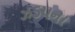
ઝડપના